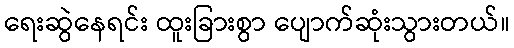
ရေးဆွဲနေရင်း ထူးခြားစွာ ပျောက်ဆုံးသွားတယ်။